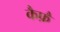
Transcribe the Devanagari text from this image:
कैफ़ै